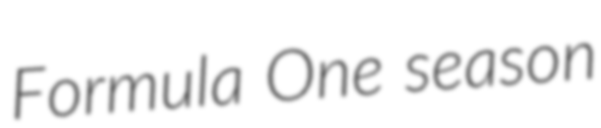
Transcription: Formula One season